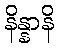
နိန္နာနိ